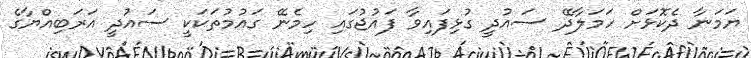
ޔަމަނާ ދެކޮޅަށް ހަމަލާދޭ ސައުދީ ގުޅިފައިވާ ފައުޖުގައި ހިމެނޭ ގައުމުތަކަކީ ސައުދީ އަރަބިއްޔާގެ